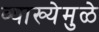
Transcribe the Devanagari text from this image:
व्याख्येमुळे